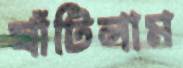
ঘাঁটিলাম